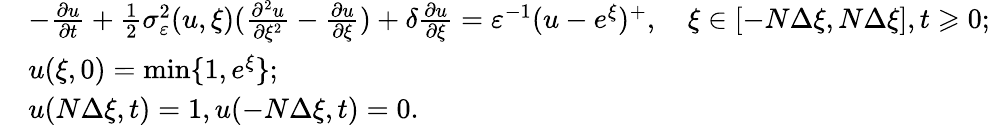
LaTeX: \begin{array}{rl}&{-\frac{{\partial}u}{{\partial}t}+\frac{1}{2}\sigma_{\varepsilon}^{2}(u,\xi)(\frac{{\partial}^{2}u}{{\partial}\xi^{2}}-\frac{{\partial}u}{{\partial}\xi})+\delta\frac{{\partial}u}{{\partial}\xi}=\varepsilon^{-1}(u-e^{\xi})^{+},\quad\xi\in[-N\Delta\xi,N\Delta\xi],t\geqslant 0;}\\ &{u(\xi,0)=\operatorname*{min}\{ 1,e^{\xi}\} ;}\\ &{u(N\Delta\xi,t)=1,u(-N\Delta\xi,t)=0.}\end{array}